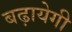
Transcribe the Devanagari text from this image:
बढ़ायेगी